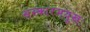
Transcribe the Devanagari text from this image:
संस्कारमयूखः